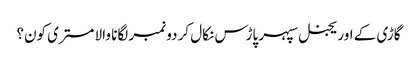
گاڑی کے اوریجنل سپہر پاڑس نکال کر دو نمبر لگانا والا مستری کون؟